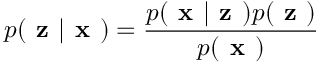
p ( \textbf { z } | \textbf { x } ) = \frac { p ( \textbf { x } | \textbf { z } ) p ( \textbf { z } ) } { p ( \textbf { x } ) }